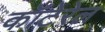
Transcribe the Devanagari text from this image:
कॉटेरेल